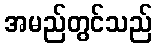
အမည်တွင်သည်